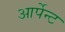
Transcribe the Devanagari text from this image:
आर्पेन्ट